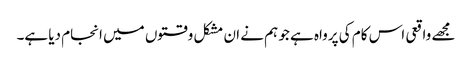
مجھے واقعی اس کام کی پرواہ ہے جو ہم نے ان مشکل وقتوں میں انجام دیا ہے۔